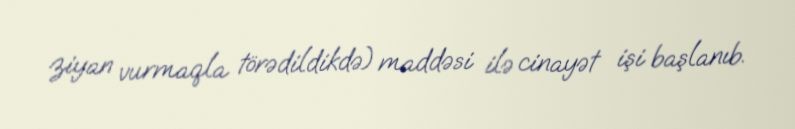
ziyan vurmaqla törədildikdə) maddəsi ilə cinayət işi başlanıb.